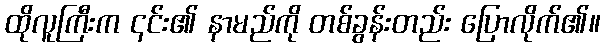
ထိုလူကြီးက ၎င်း၏ နာမည်ကို တစ်ခွန်းတည်း ပြောလိုက်၏။